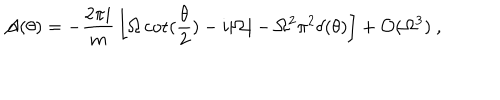
{ \cal A } ( \theta ) = - { \frac { 2 \pi i } { m } } \left[ { \Omega } \cot ( { \frac { \theta } { 2 } } ) - i | { \Omega } | - \Omega ^ { 2 } \pi ^ { 2 } \delta ( \theta ) \right] + { \cal O } ( { \Omega } ^ { 3 } ) \ ,